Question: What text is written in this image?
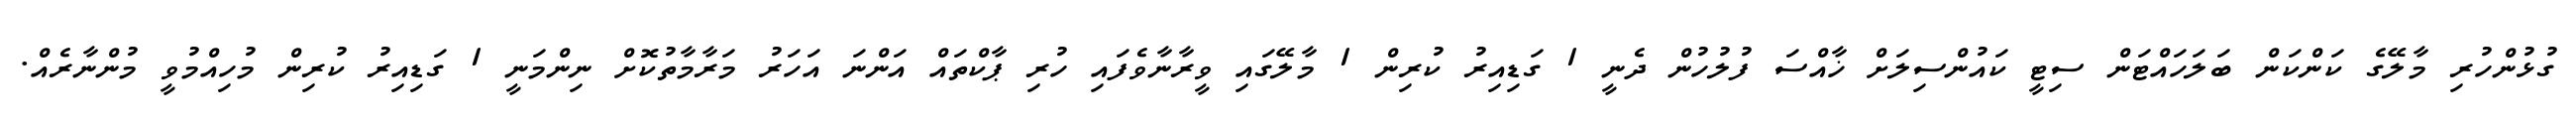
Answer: ގުޅުންހުރި މާލޭގެ ކަންކަން ބަލަހައްޓަން ސިޓީ ކައުންސިލަށް ޚާއްސަ ފުލުހުން ދެނީ 1 ގަޑިއިރު ކުރިން 1 މާލޭގައި ވީރާނާވެފައި ހުރި ޕާކްތައް އަންނަ އަހަރު މަރާމާތުކޮށް ނިންމަނީ 1 ގަޑިއިރު ކުރިން މުހިއްމުވީ މުންނާރެއް.